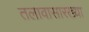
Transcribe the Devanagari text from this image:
तलावासारख्या